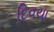
દિવયા